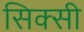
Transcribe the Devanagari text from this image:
सिक्सी